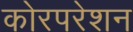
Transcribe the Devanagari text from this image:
कोरपरेशन